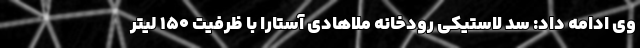
وی ادامه داد: سد لاستیکی رودخانه ملاهادی آستارا با ظرفیت ۱۵۰ لیتر